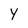
Character: Y